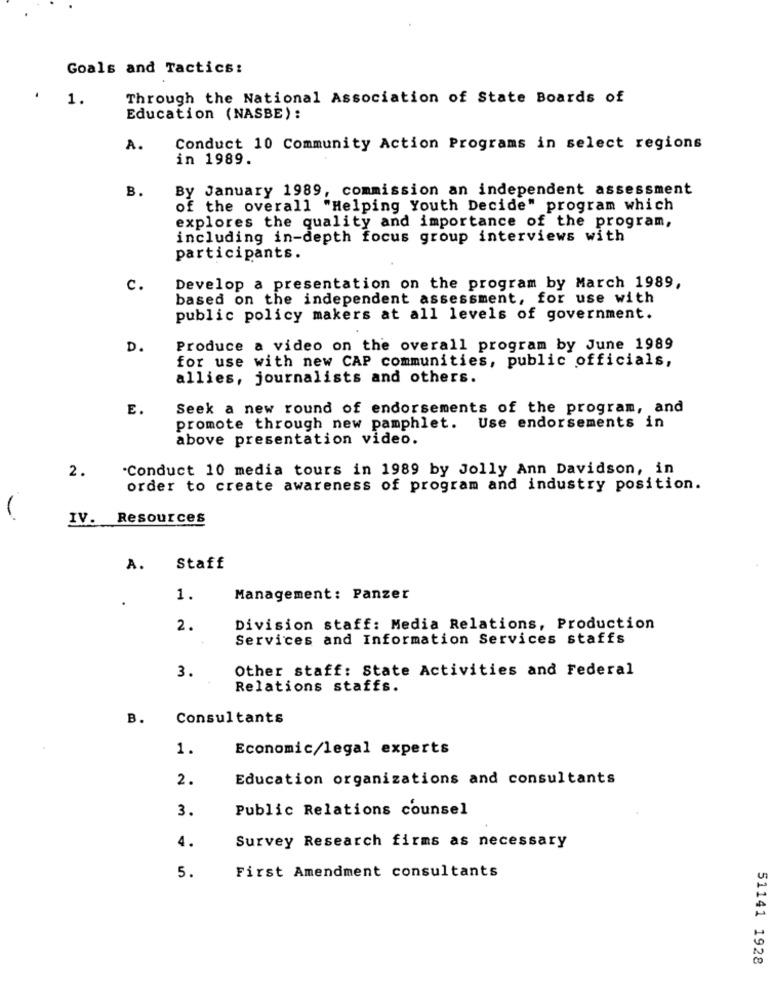
Goals and Tactics:
1.
Through the National Association of State Boards of
Education (NASBE):
A.
Conduct 10 Community Action Programs in select regions
in 1989.
B.
By January 1989, commission an independent assessment
of the overall "Helping Youth Decide" program which
explores the quality and importance of the program,
including in-depth focus group interviews with
participants.
c.
Develop a presentation on the program by March 1989,
based on the independent assessment, for use with
public policy makers at all levels of government.
D.
Produce a video on the overall program by June 1989
for use with new CAP communities, public officials,
allies, journalists and others.
E.
Seek a new round of endorsements of the program, and
promote through new pamphlet. Use endorsements in
above presentation video.
2.
"Conduct 10 media tours in 1989 by Jolly Ann Davidson, in
order to create awareness of program and industry position.
-
IV. Resources
A.
Staff
1.
Management: Panzer
2.
Division staff: Media Relations, Production
Services and Information Services staffs
Other staff: State Activities and Federal
3.
Relations staffs.
B.
Consultants
1.
Economic/legal experts
2.
Education organizations and consultants
3.
Public Relations counsel
4.
Survey Research firms as necessary
5.
First Amendment consultants
51141 1928